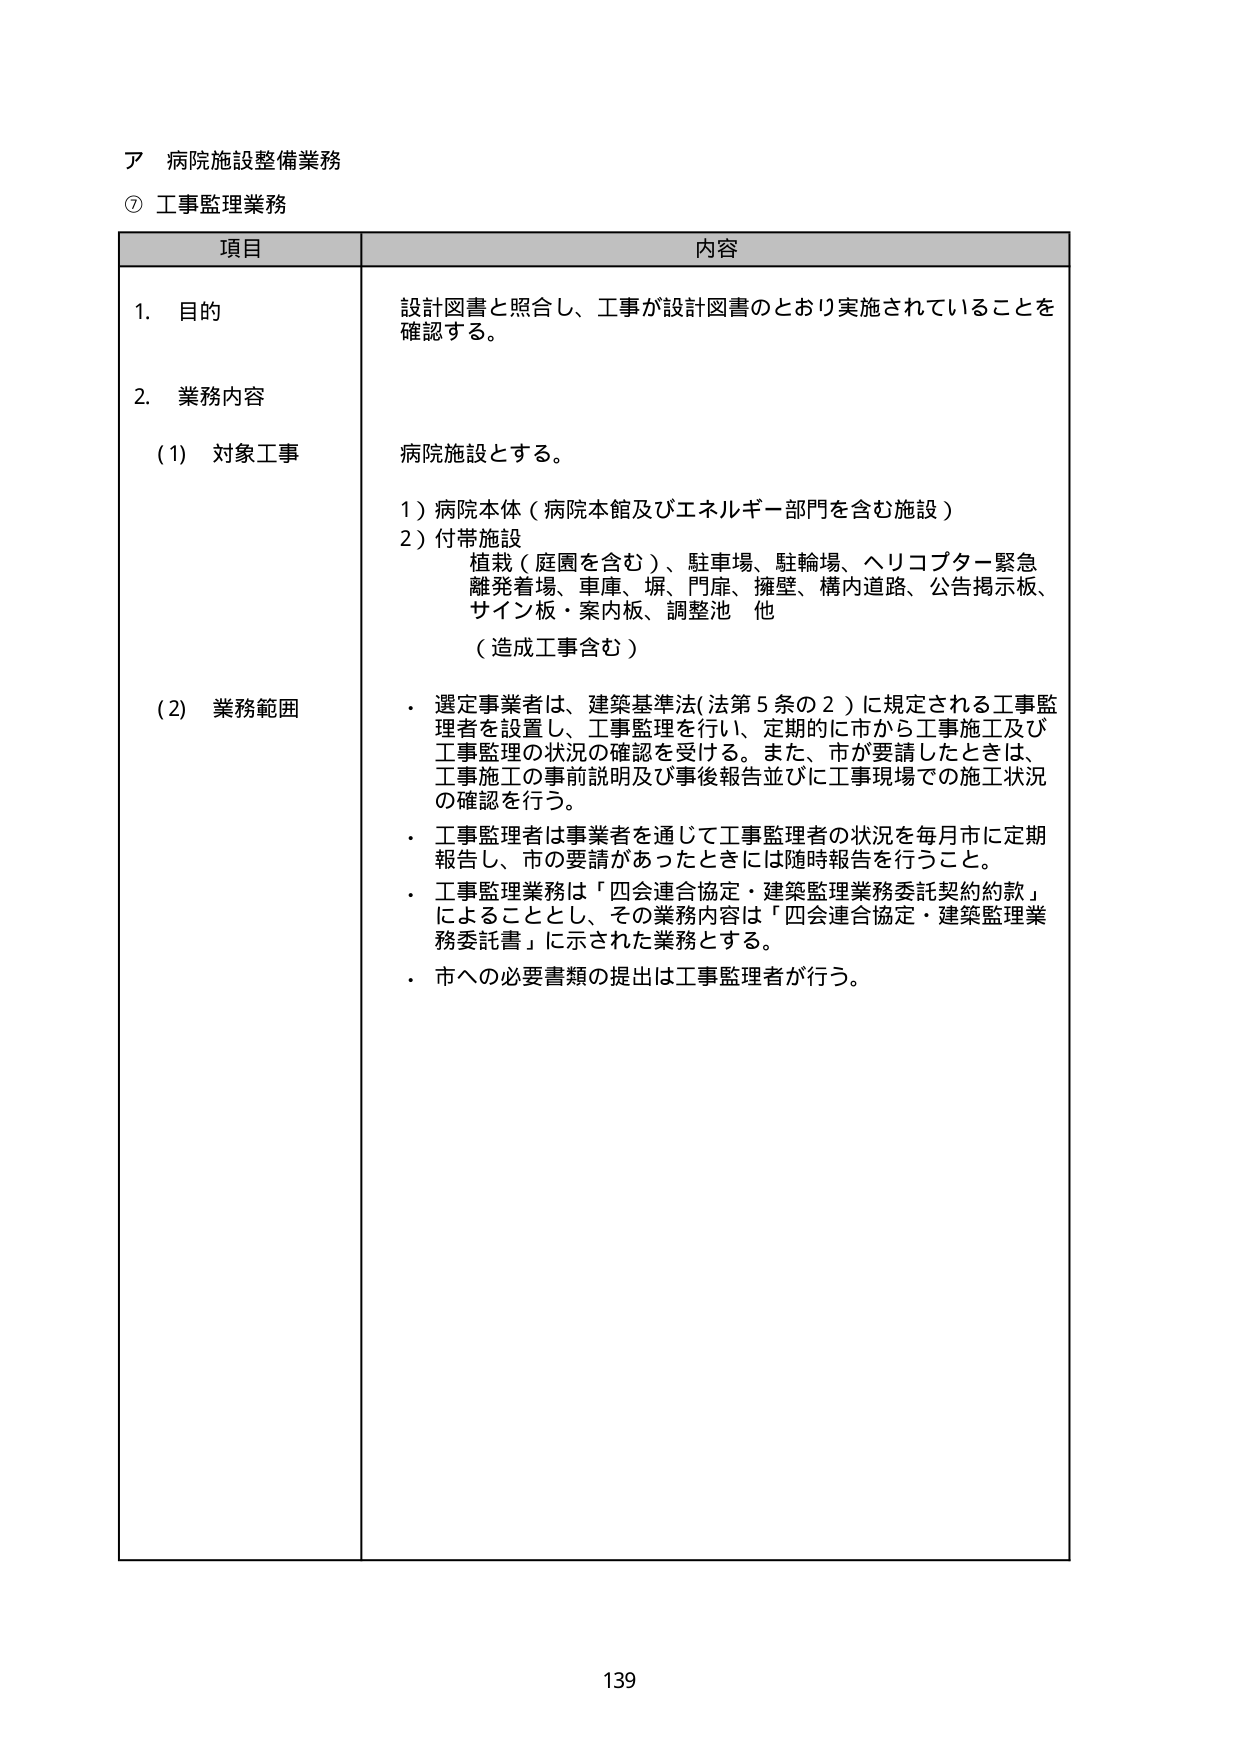
ア 病院施設整備業務
⑦ 工事監理業務

項目 内容

1. 目的
設計図書と照合し、工事が設計図書のとおり実施されていることを確認する。

2. 業務内容
(1) 対象工事
病院施設とする。
1) 病院本体（病院本館及びエネルギー部門を含む施設）
2) 付帯施設
植栽（庭園を含む）、駐車場、駐輪場、ヘリコプター緊急離発着場、車庫、塀、門扉、擁壁、構内道路、公告掲示板、サイン板・案内板、調整池 他
（造成工事含む）

(2) 業務範囲
・ 選定事業者は、建築基準法（法第5条の2）に規定される工事監理者を設置し、工事監理を行い、定期的に市から工事施工及び工事監理の状況の確認を受ける。また、市が要請したときは、工事施工の事前説明及び事後報告並びに工事現場での施工状況の確認を行う。
・ 工事監理者は事業者を通じて工事監理者の状況を毎月市に定期報告し、市の要請があったときには随時報告を行うこと。
・ 工事監理業務は「四会連合協定・建築監理業務委託契約約款」によることとし、その業務内容は「四会連合協定・建築監理業務委託書」に示された業務とする。
・ 市への必要書類の提出は工事監理者が行う。

139